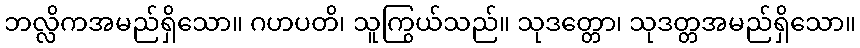
ဘလ္လိကအမည်ရှိသော။ ဂဟပတိ၊ သူကြွယ်သည်။ သုဒတ္တော၊ သုဒတ္တအမည်ရှိသော။